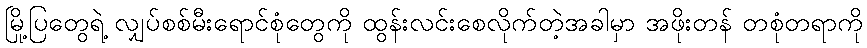
မြို့ပြတွေရဲ့ လျှပ်စစ်မီးရောင်စုံတွေကို ထွန်းလင်းစေလိုက်တဲ့အခါမှာ အဖိုးတန် တစုံတရာကို